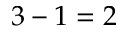
3 - 1 = 2